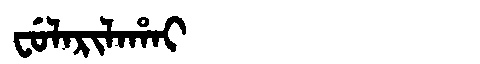
Manchu: ᠸᡠᠯᠠᡵᡳᠯᠠᡥᠠᡳ
Romanization: FULARILAHAI